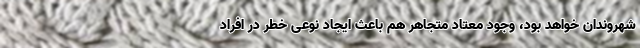
شهروندان خواهد بود، وجود معتاد متجاهر هم باعث ایجاد نوعی خطر در افراد